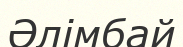
Әлімбай